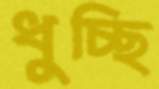
ধুচ্ছি